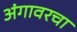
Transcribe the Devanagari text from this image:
अंगावरचा